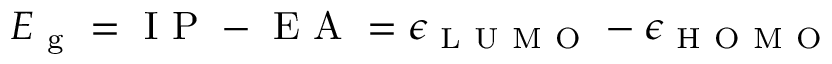
E _ { \mathrm { ~ g ~ } } = \mathrm { ~ I ~ P ~ } - \mathrm { ~ E ~ A ~ } = \epsilon _ { \mathrm { ~ L ~ U ~ M ~ O ~ } } - \epsilon _ { \mathrm { ~ H ~ O ~ M ~ O ~ } }